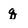
Character: q